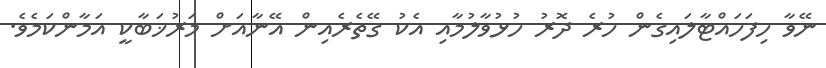
ނޭވާ ހިފަހައްޓާލައިގެން ހުރެ ދޮރު ހުޅުވާލުމާއި އެކު ގޭތެރެއިން އޭނާއަށް މަރުޚަބާކީ އަމާންކަމެވެ.